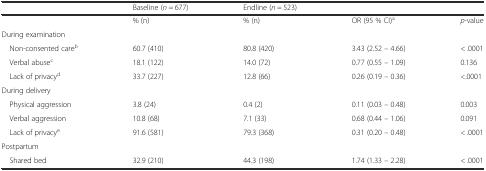
<table><thead><tr><td></td><td><b>Baseline (<i>n</i> = 677)</b></td><td><b>Endline (<i>n</i> = 523)</b></td><td></td><td></td></tr></thead><tbody><tr><td></td><td>% (n)</td><td>% (n)</td><td>OR (95 % CI)<sup>a</sup></td><td><i>p</i>-value</td></tr><tr><td colspan="5">During examination</td></tr><tr><td> Non-consented care<sup>b</sup></td><td>60.7 (410)</td><td>80.8 (420)</td><td>3.43 (2.52 – 4.66)</td><td>&lt; .0001</td></tr><tr><td> Verbal abuse<sup>c</sup></td><td>18.1 (122)</td><td>14.0 (72)</td><td>0.77 (0.55 – 1.09)</td><td>0.136</td></tr><tr><td> Lack of privacy<sup>d</sup></td><td>33.7 (227)</td><td>12.8 (66)</td><td>0.26 (0.19 – 0.36)</td><td>&lt;.0001</td></tr><tr><td colspan="5">During delivery</td></tr><tr><td> Physical aggression</td><td>3.8 (24)</td><td>0.4 (2)</td><td>0.11 (0.03 – 0.48)</td><td>0.003</td></tr><tr><td> Verbal aggression</td><td>10.8 (68)</td><td>7.1 (33)</td><td>0.68 (0.44 – 1.06)</td><td>0.091</td></tr><tr><td> Lack of privacy<sup>e</sup></td><td>91.6 (581)</td><td>79.3 (368)</td><td>0.31 (0.20 – 0.48)</td><td>&lt; .0001</td></tr><tr><td colspan="5">Postpartum</td></tr><tr><td> Shared bed</td><td>32.9 (210)</td><td>44.3 (198)</td><td>1.74 (1.33 – 2.28)</td><td>&lt; .0001</td></tr></tbody></table>